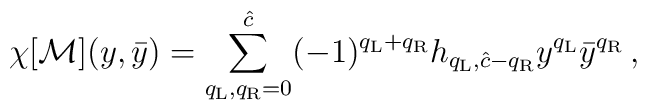
\chi[{\cal M}](y,\bar y)=\sum_{q_{\rm L},q_{\rm R}=0}^{\hat c}  (-1)^{q_{\rm L}+q_{\rm R}}h_{q_{\rm L},\hat c-q_{\rm R}}y^{q_{\rm    L}}\bar y^{q_{\rm R}}\,,